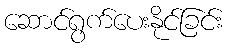
ဆောင်ရွက်ပေးနိုင်ခြင်း